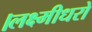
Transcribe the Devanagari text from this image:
।लक्ष्मीधरो